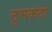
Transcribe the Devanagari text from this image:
ठुमकदा